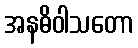
အနဓိဝါသတော